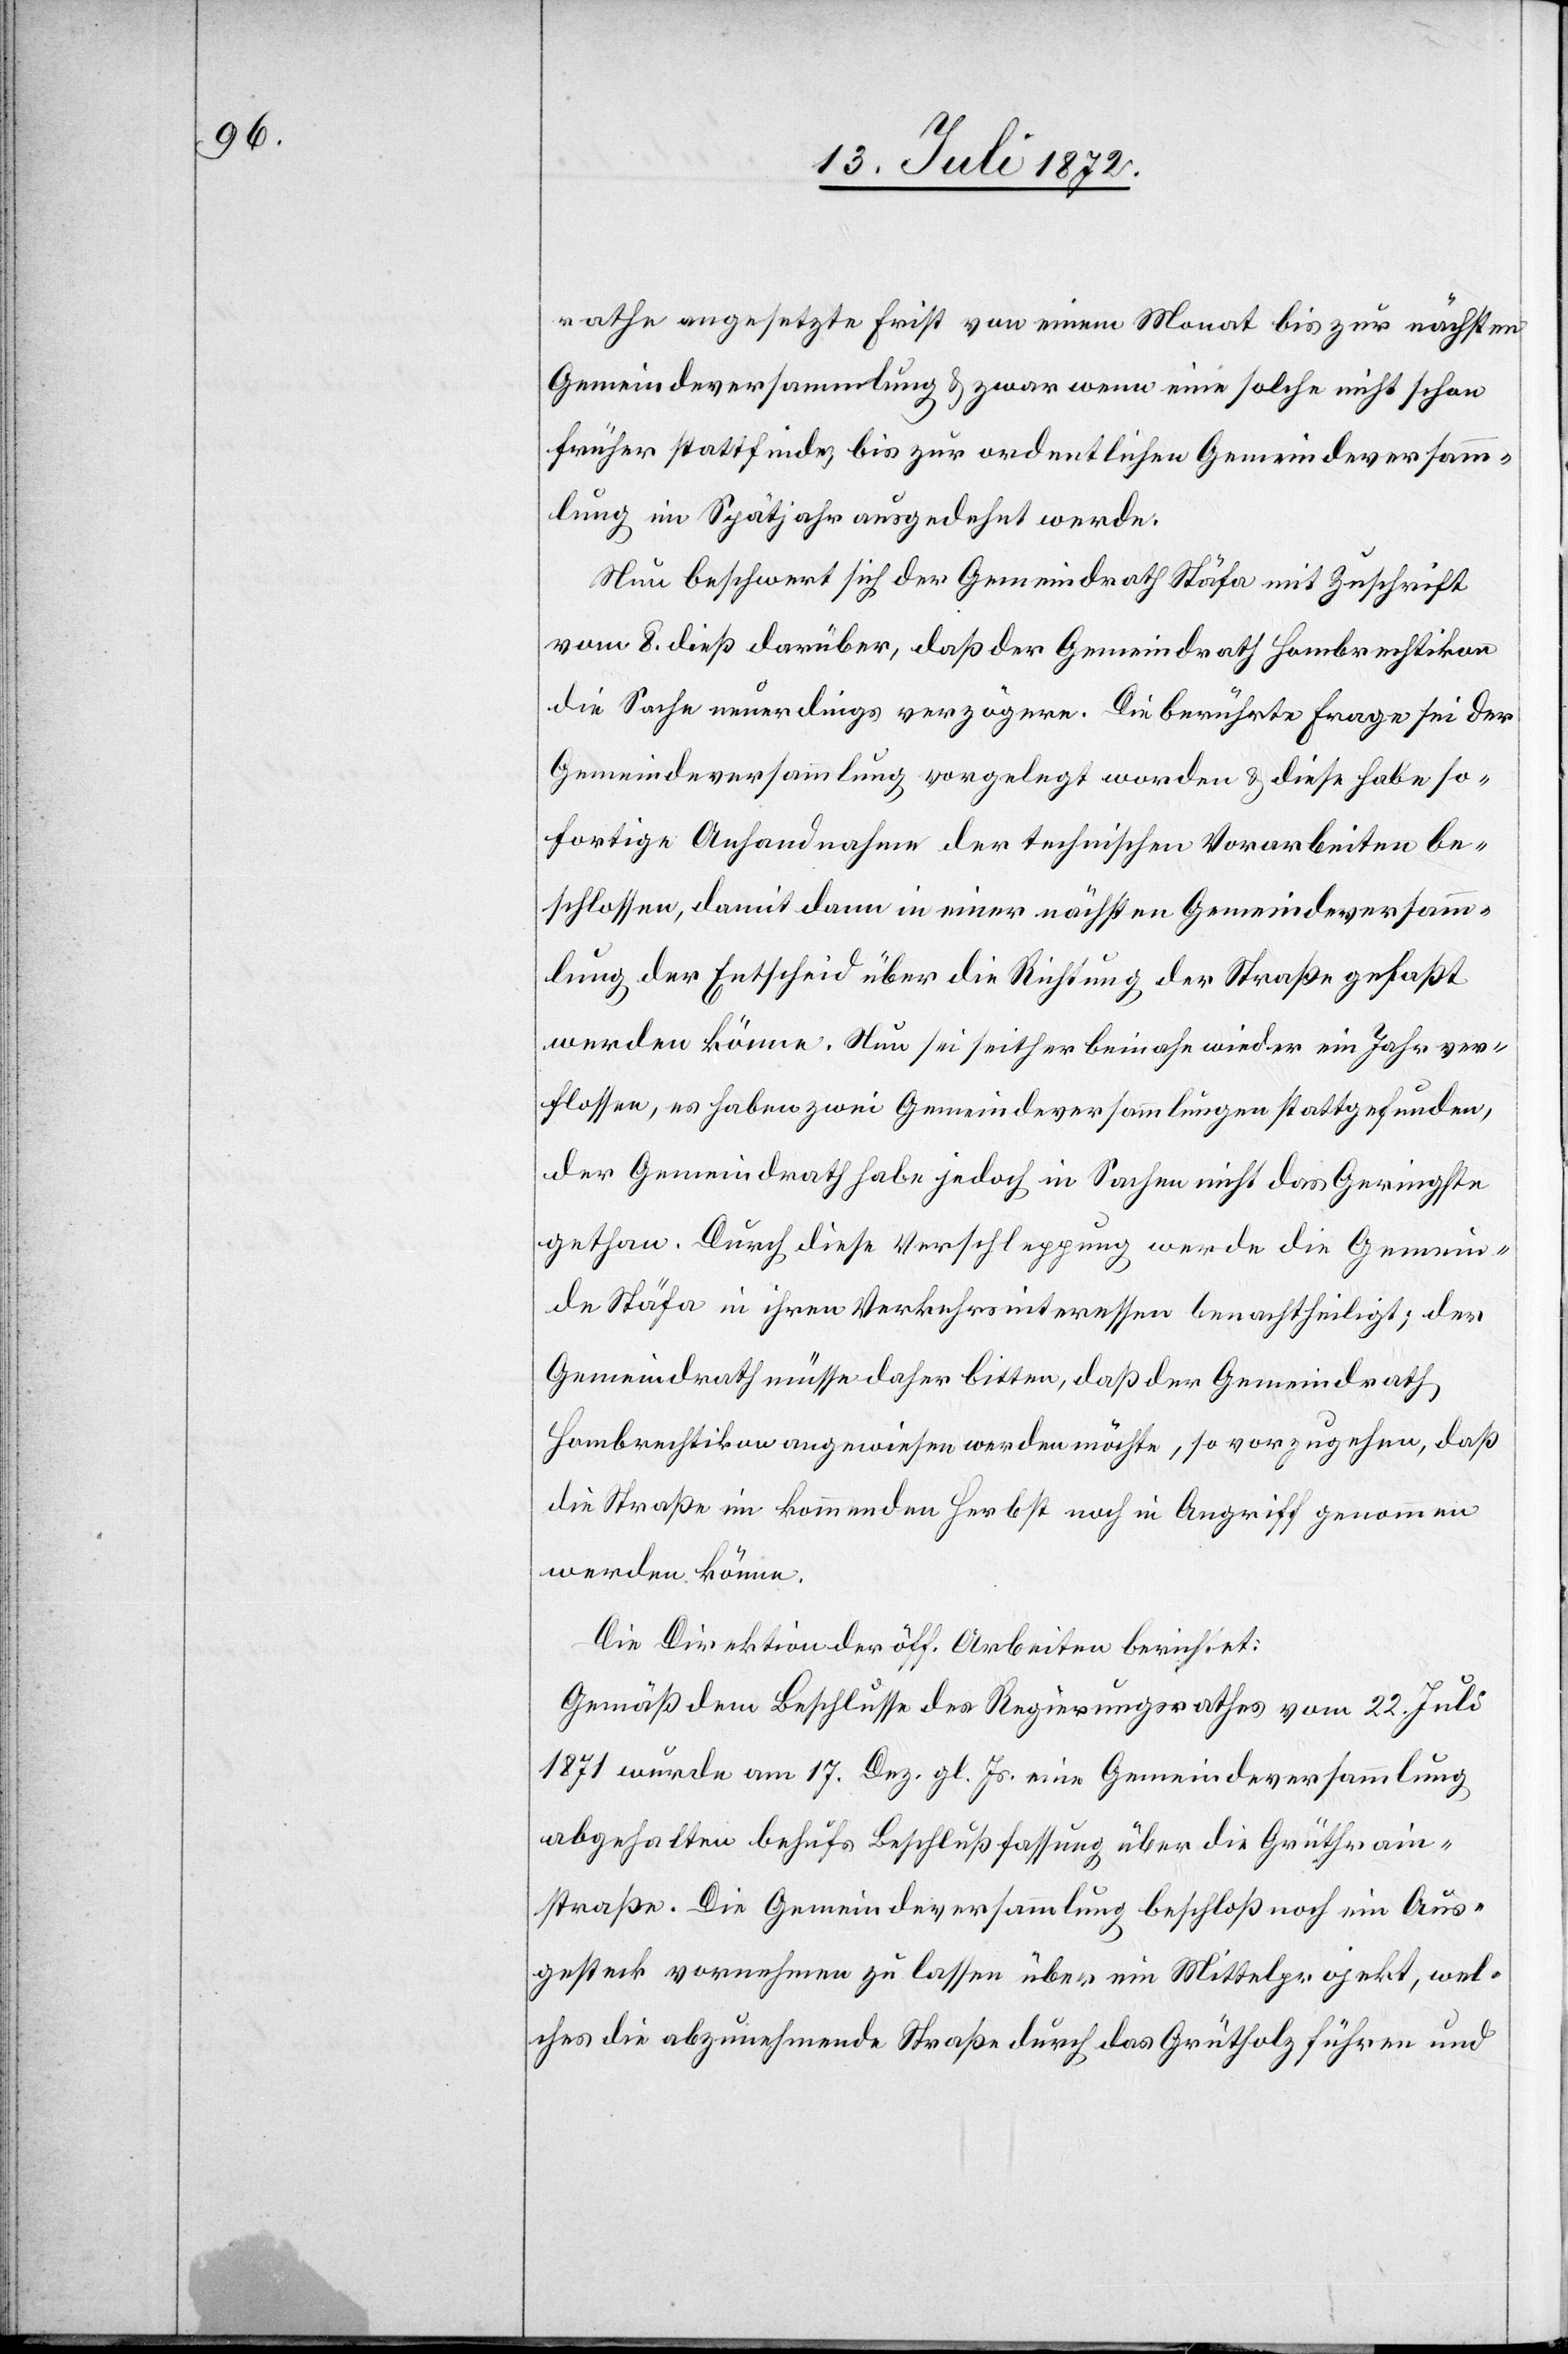
rathe angesetzte Frist von einem Monat bis zur nächsten
Gemeindeversammlung u. zwar wenn eine solche nicht schon
früher stattfinde bis zur ordentlichen Gemeindeversam¬
mlung im Spätjahr ausgedehnt werde.
Nun beschwert sich der Gemeindrath Stäfa mit Zuschrift
vom 8. dieß darüber, daß der Gemeindrath Hombrechtikon
die Sache neuerdings verzögere. Die berührte Frage sei der
Gemeindeversammlung vorgelegt worden u. diese habe so¬
fortige Anhandnahme der technischen Vorarbeiten be¬
schlossen, damit dann in einer nächsten Gemeindeversamm¬
lung der Entscheid über die Richtung der Straße gefaßt
werden könne. Nun sei seither beinahe wieder ein Jahr ver¬
flossen, es haben zwei Gemeindeversammlungen stattgefunden,
der Gemeindrath habe jedoch in Sachen nicht das Geringste
gethan. Durch diese Verschleppung werde die Gemein¬
de Stäfa in ihren Verkehrsinteressen benachtheiligt; der
Gemeindrath müsse daher bitten, daß der Gemeindrath
Hombrechtikon angewiesen werden möchte, so vorzugehen, daß
die Straße im kommenden Herbst noch in Angriff genommen
werden könne.
Die Direktion der öff. Arbeiten berichtet:
Gemäß dem Beschlusse des Regierungsrathes vom 22. Juli
1871 wurde am 17. Dez. gl. Js. eine Gemeindeversammlung
abgehalten behufs Beschlußfassung über die Grüthrain¬
straße. Die Gemeindeversammlung beschloß noch ein Aus¬
gesteck vornehmen zu lassen über ein Mittelprojekt, wel¬
ches die abzunehmende Straße durch das Grütholz führen und